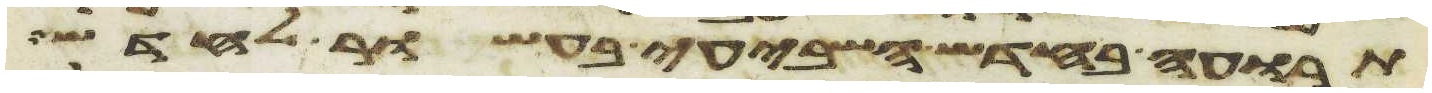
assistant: תרועה בחדש השביעי בעשור לחדש